Leaving Certificate Examination, 1902
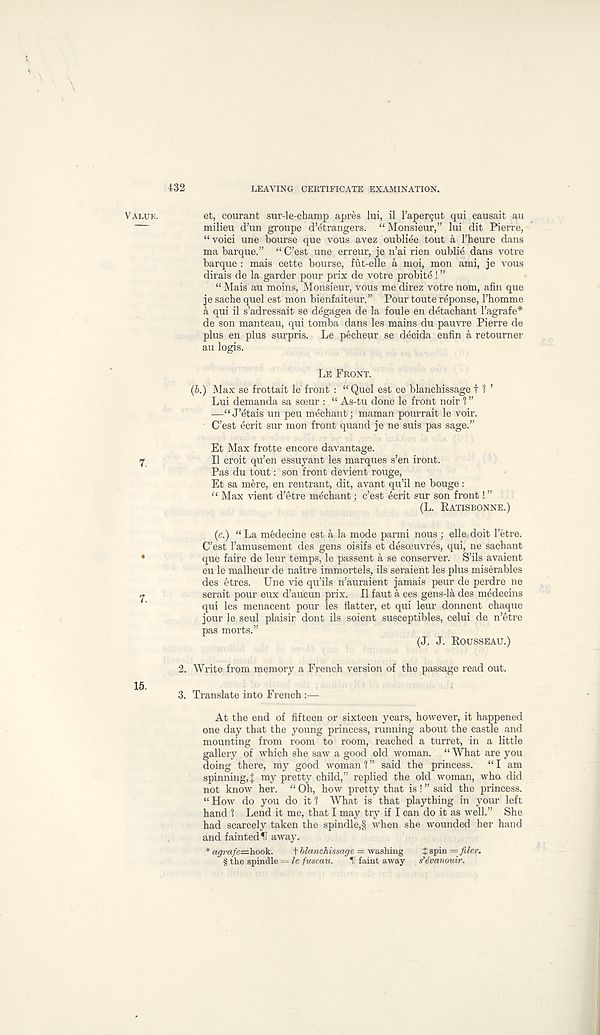
432
LEAVING CERTIFICATE EXAMINATION.
VALUE.
et, courant sur-le-champ apres lui, il 1’apergut qui causait au
milieu d’un groupe d’etrangers. “Monsieur,” lui dit Pierre,
“voici une bourse que vous avez oubliee tout a I’heure dans
ma barque.” “ C’est une erreur, je n’ai rien oublie dans votre
barque : mais cette bourse, fut-elle a moi, mon ami, je vous
dirais de la garder pour prix de votre probity ! ”
“ Mais au moins, Monsieur, vous me direz votre nom, afin que
je sacbe quel est mon bienfaiteur.” Pour toute reponse, 1’homme
a qui il s’adressait se degagea de la foule en detachant Fagrafe*
de son manteau, qui tomba dans les mains du pauvre Pierre de
plus en plus surpris. Le pecheur se decida enfin a retourner
au logis.
LE FRONT.
Max se frottait le front : “ Quel est ce blanchissage t ? ’
Lui demanda sa soeur : “ As-tu done le front noir 1 ”
—“ J’^tais un peu mechant; maman pourrait le voir.
C’est ecrit sur mon front quand je ne suis pas sage.”
Et Max frotte encore davantage.
Il croit qu’en essuyant les marques s’en iront.
Pas du tout: son front devient rouge,
Et sa mere, en rentrant, dit, avant qu’il ne bouge:
“ Max vient d’etre mechant; c’est ecrit sur son front! ”
(L. EATISBONNE.)
(c.) “La medecine est a la mode parmi nous ; elle doit 1’etre.
C’est 1’amusement des gens oisifs et desoeuvres, qui, ne sachant
que faire de leur temps, le passent a se conserver. S’ils avaient
eu le malheur de naitre immortels, ils seraient les plus miserables
des etres. Une vie qu’ils n’auraient jamais peur de perdre ne
serait pour eux d’aucun prix. Il faut a ces gens-la des medecins
qui les menacent pour les flatter, et qui leur donnent chaque
jour le seul plaisir dont ils soient susceptibles, celui de n’etre
pas morts.”
(J. J. ROUSSEAU.)
2. Write from memory a French version of the passage read out.
3. Translate into French :—
At the end of fifteen or sixteen years, however, it happened
one day that the young princess, running about the castle and
mounting from room to room, reached a turret, in a little
gallery of which she saw a good old woman. “ What are you
doing there, my good woman ? ” said the princess.
“ I am
spinning,]; my pretty child,” replied the old woman, who did
not know her. “ Oh, how pretty that is ! ” said the princess.
“How do you do it? What is that plaything in your left
hand ? Lend it me, that I may try if I can do it as well.” She
had scarcely taken the spindle,§ when she wounded her hand
and fainted H away.
* a</rafe=hook.
t blanchissage = washing
J spin = filer.
§ the spindle = le fuseau.
IT faint away
s’evanouir.
(b.)
7.